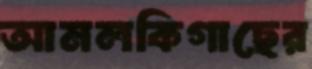
আমলকিগাছের